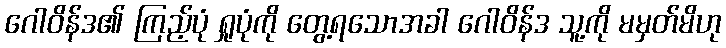
ဂေါဝိန်ဒ၏ ကြည့်ပုံ ရှုပုံကို တွေ့ရသောအခါ ဂေါဝိန်ဒ သူ့ကို မမှတ်မိဟု